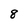
Character: 8